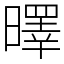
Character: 曎